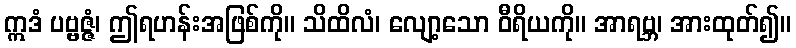
ဣဒံ ပဗ္ဗဇ္ဇံ၊ ဤရဟန်းအဖြစ်ကို။ သိထိလံ၊ လျော့သော ဝီရိယကို။ အာရဗ္ဘ၊ အားထုတ်၍။